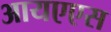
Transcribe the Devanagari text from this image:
आयएएस